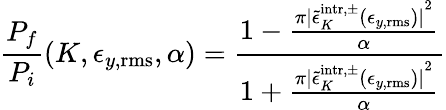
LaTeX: \frac{P_{f}}{P_{i}}(K,\epsilon_{y,\mathrm{rms}},\alpha)=\frac{1-\frac{\pi{|\tilde{\epsilon}_{K}^{\mathrm{intr},\pm}(\epsilon_{y,\mathrm{rms}})|}^{2}}{\alpha}}{1+\frac{\pi{|\tilde{\epsilon}_{K}^{\mathrm{intr},\pm}(\epsilon_{y,\mathrm{rms}})|}^{2}}{\alpha}}